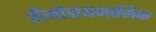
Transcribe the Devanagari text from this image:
हीमोडायनामिक